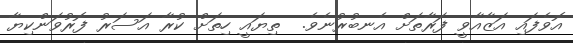
އޮވެފައި އަޒާއާވީ ފަރާތަށް އެނބުރުނެވެ.  ތިޔައީ ހިތަށް ކުރާ އަސަރު ފޮރުވަންކިޔާ